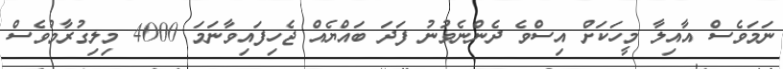
ނަމަވެސް އާއިލާ މީހަކަށް އިސްވެ ދެންނެވުނު ފަދަ ބައްޔެއް ޖެހިފައިވާނަމަ 4000 މިލިގުރާމުވެސް